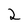
Character: 2